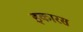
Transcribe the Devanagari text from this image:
इकारस